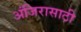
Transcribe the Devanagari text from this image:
अंजिरासाठी